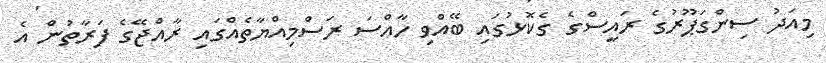
މިއަދު ސިންގަޕޫރުގެ ރައީސްގެ ގެކޮޅުގައި ބޭއްވި ހާއްސަ ރަސްމިއްޔާތެއްގައި ރާއްޖޭގެ ފަރާތުން އެ